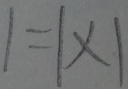
1 = 1 \times 1